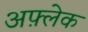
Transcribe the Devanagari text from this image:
अफ़्लेक